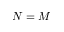
N = M